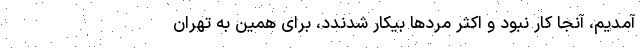
آمدیم، آنجا کار نبود و اکثر مردها بیکار شدندد، برای همین به تهران